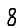
Digit: 8